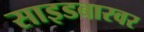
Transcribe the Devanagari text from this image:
साइडबारवर